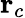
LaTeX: \mathbf{r}_{c}